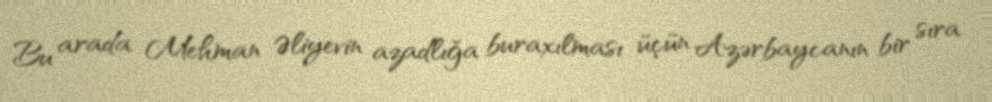
Bu arada Mehman Əliyevin azadlığa buraxılması üçün Azərbaycanın bir sıra